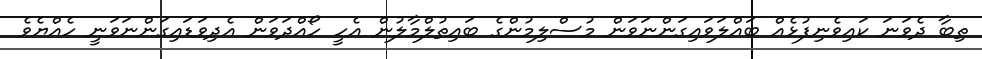
ތިބާ ދެވަނަ ކައިވެނިފުޅެއް ބައްލަވައިގަންނަވަން މުސްލިމުންގެ ބައިތުލްމާލުން އެހީ ހޯއްދަވަން އެދިވަޑައިގަންނަވަނީ ހެއްޔެވެ